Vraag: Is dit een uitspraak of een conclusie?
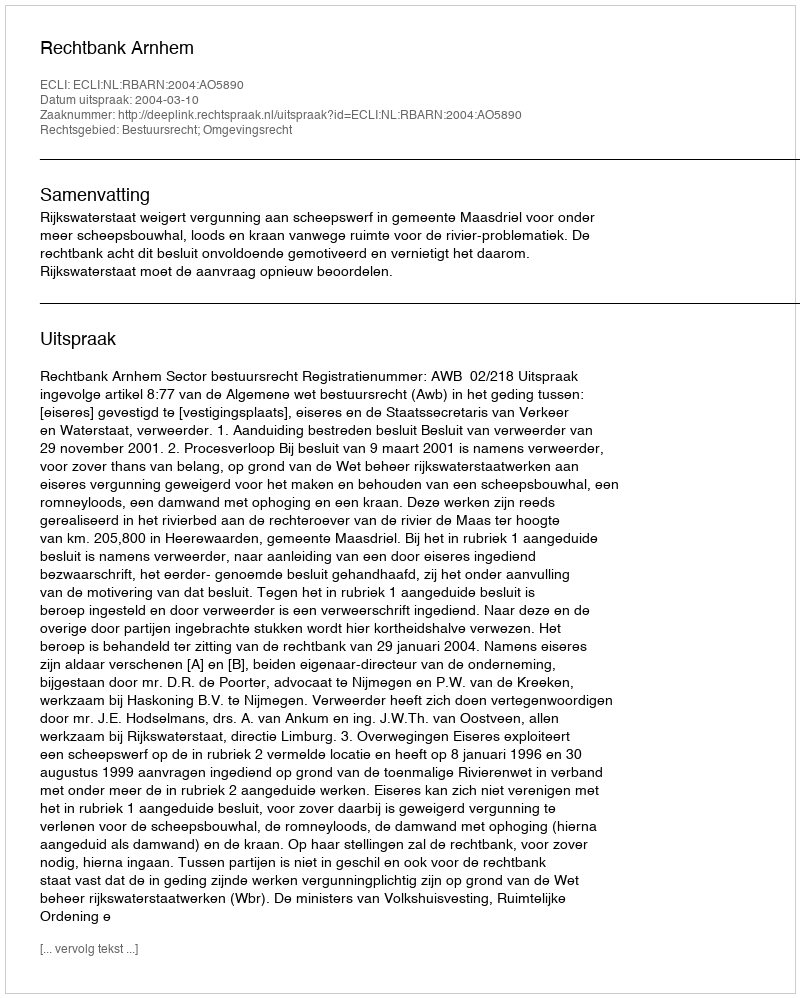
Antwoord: Uitspraak